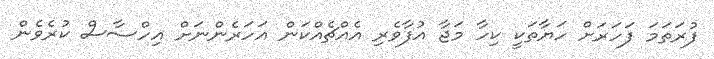
ފުރަތަމަ ފަހަރަށް ހަޔާތަކީ ކިހާ މަޖާ އުފާވެރި އެއްޗެއްކަން އަހަރެންނަށް އިހްސާސް ކުރެވެން